Vaccination in Bombay 1863-1868 - 1863-1868
Year: 1863
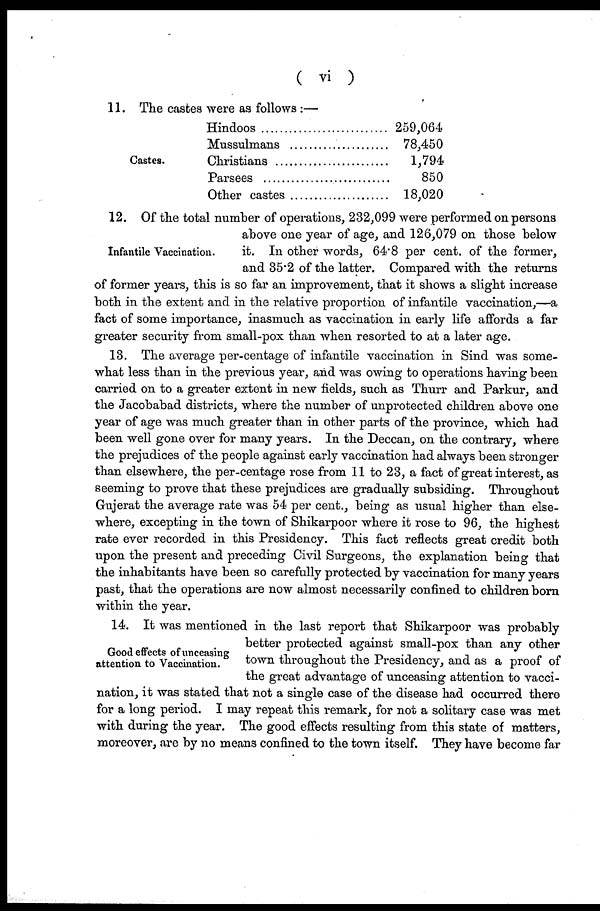
( vi )
11. The castes were as follows :—
Castes.
Hindoos ...................
Mussulmans
Christians ....................
Parsees ......................
Other castes .................
259,064
78,450
1,794
850
18,020
Infantile Vaccination.
12. Of the total number of operations, 232,099 were performed on persons
above one year of age, and 126,079 on those below
it. In other words, 64.8 per cent. of the former,
and 35.2 of the latter. Compared with the returns
of former years, this is so far an improvement, that it shows a slight increase
both in the extent and in the relative proportion of infantile vaccination,—a
fact of some importance, inasmuch as vaccination in early life affords a far
greater security from small-pox than when resorted to at a later age.
13. The average per-centage of infantile vaccination in Sind was some-
what less than in the previous year, and was owing to operations having been
carried on to a greater extent in new fields, such as Thurr and Parkur, and
the Jacobabad districts, where the number of unprotected children above one
year of age was much greater than in other parts of the province, which had
been well gone over for many years. In the Deccan, on the contrary, where
the prejudices of the people against early vaccination had always been stronger
than elsewhere, the per-centage rose from 11 to 23, a fact of great interest, as
seeming to prove that these prejudices are gradually subsiding. Throughout
Gujerat the average rate was 54 per cent., being as usual higher than else-
where, excepting in the town of Shikarpoor where it rose to 96, the highest
rate ever recorded in this Presidency. This fact reflects great credit both
upon the present and preceding Civil Surgeons, the explanation being that
the inhabitants have been so carefully protected by vaccination for many years
past, that the operations are now almost necessarily confined to children born
within the year.
Good effects of unceasing
attention to Vaccination.
14. It was mentioned in the last report that Shikarpoor was probably
better protected against small-pox than any other
town throughout the Presidency, and as a proof of
the great advantage of unceasing attention to vacci-
nation, it was stated that not a single case of the disease had occurred there
for a long period. I may repeat this remark, for not a solitary case was met
with during the year. The good effects resulting from this state of matters,
moreover, are by no means confined to the town itself. They have become far